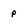
Character: p